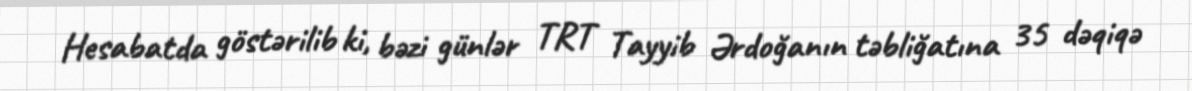
Hesabatda göstərilib ki, bəzi günlər TRT Tayyib Ərdoğanın təbliğatına 35 dəqiqə